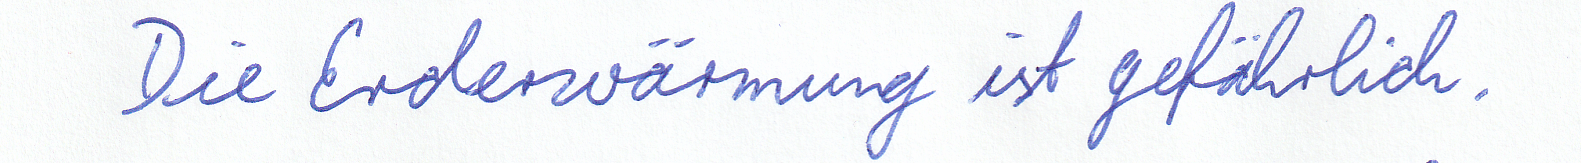
Die Erderwärmung ist gefährlich.